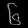
Digit: ၆